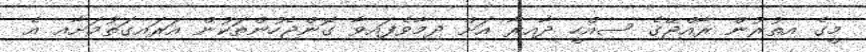
މީގެ އިތުރުން ރާއްޖޭގެ ސިއްހީ ދާއިރާ އަށް ދިމާވެފައިވާ ގޮންޖެހުންތަކުން އަރައިގަތުމަށާއި އެ